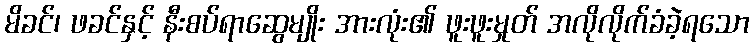
မိခင်၊ ဖခင်နှင့် နီးစပ်ရာဆွေမျိုး အားလုံး၏ ဖူးဖူးမှုတ် အလိုလိုက်ခံခဲ့ရသော